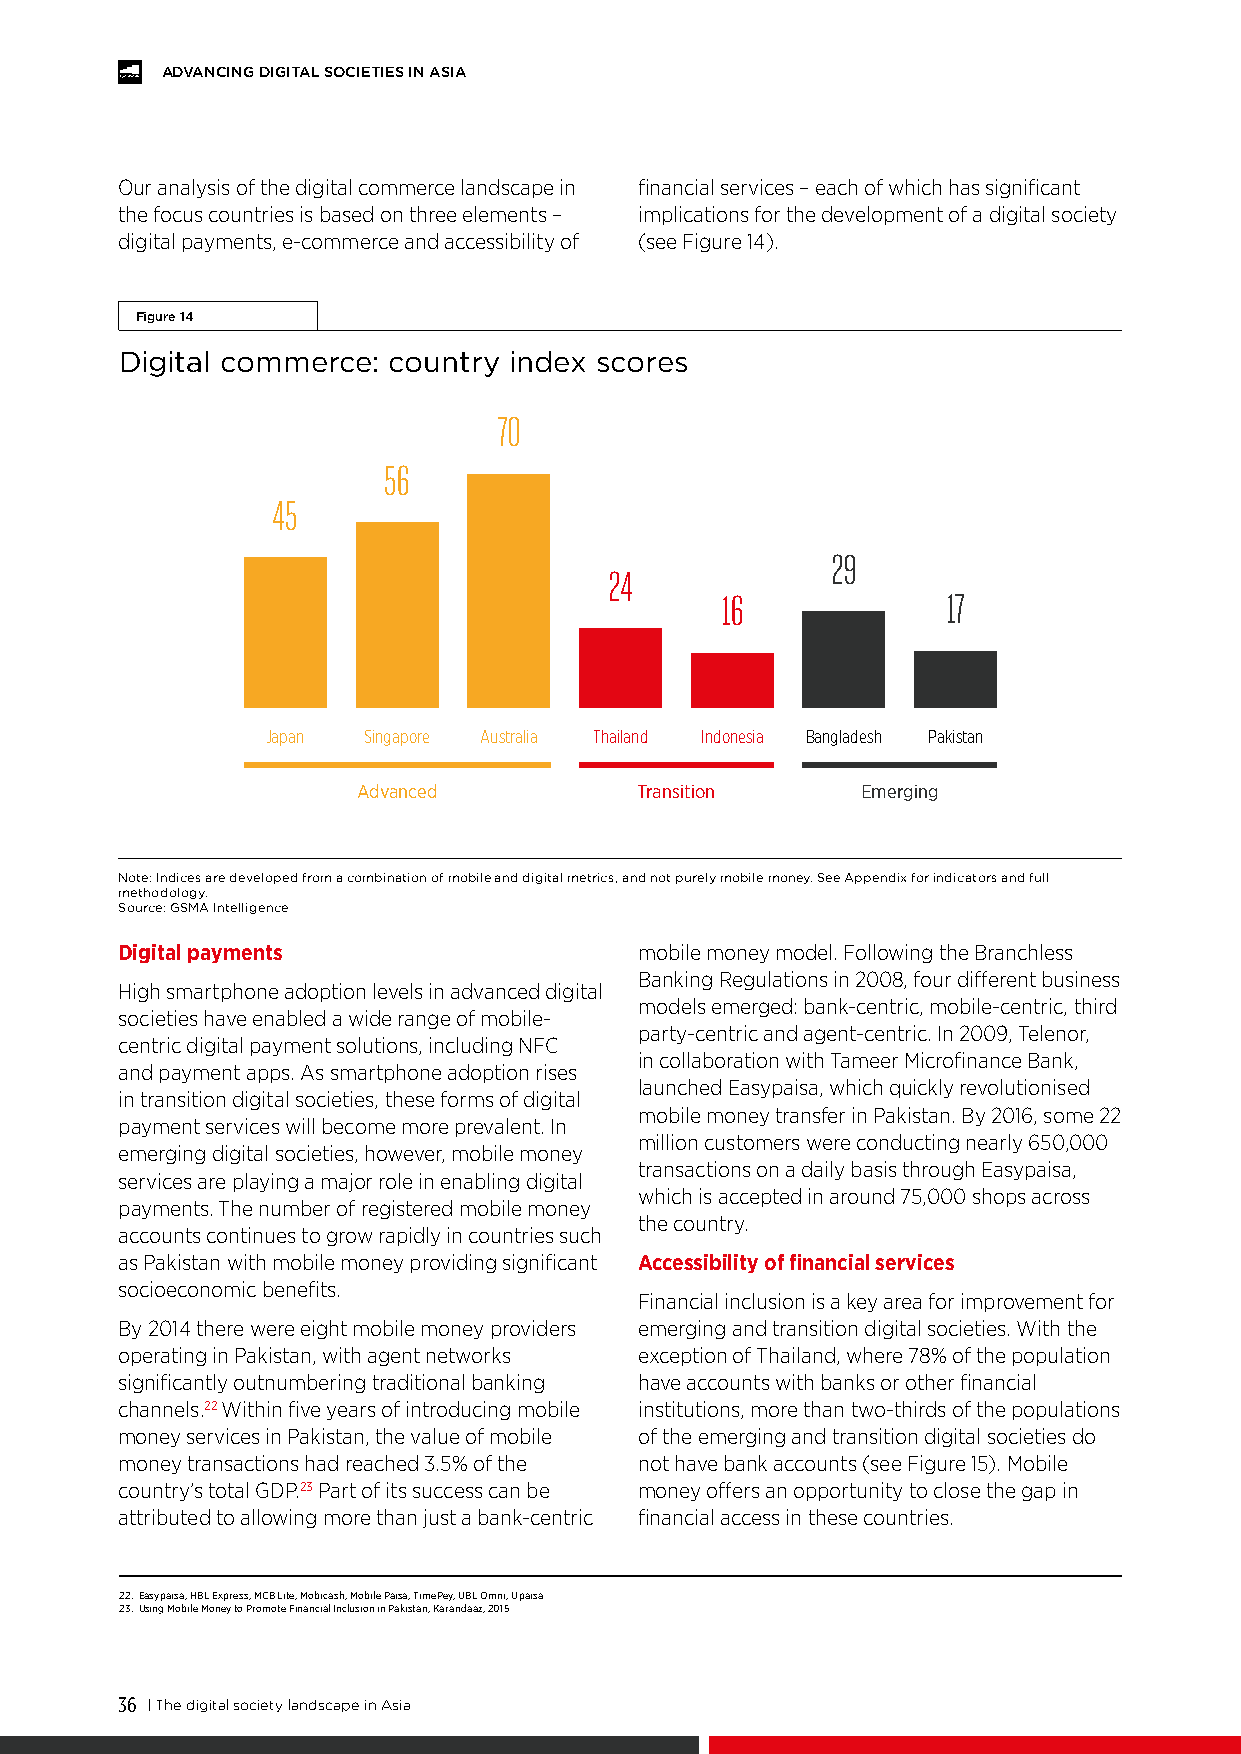
ADVANCING DIGITAL SOCIETIES IN ASIA
 Our analysis of the digital commerce landscape in financial services – each of which has significant
 the focus countries is based on three elements – implications for the development of a digital society
 digital payments, e-commerce and accessibility of (see Figure 14).
 Figure 14
 Digital commerce: country index scores
 70
 56
 45
 29
 24
 16             17
 Japan Singapore Australia Thailand Indonesia Bangladesh Pakistan
 Advanced          Transition     Emerging
 Note: Indices are developed from a combination of mobile and digital metrics, and not purely mobile money. See Appendix for indicators and full
 methodology.
 Source: GSMA Intelligence
 Digital payments                  mobile money model. Following the Branchless
 Banking Regulations in 2008, four different business
 High smartphone adoption levels in advanced digital
 models emerged: bank-centric, mobile-centric, third
 societies have enabled a wide range of mobile-
 party-centric and agent-centric. In 2009, Telenor,
 centric digital payment solutions, including NFC
 in collaboration with Tameer Microfinance Bank,
 and payment apps. As smartphone adoption rises
 launched Easypaisa, which quickly revolutionised
 in transition digital societies, these forms of digital
 mobile money transfer in Pakistan. By 2016, some 22
 payment services will become more prevalent. In
 million customers were conducting nearly 650,000
 emerging digital societies, however, mobile money
 transactions on a daily basis through Easypaisa,
 services are playing a major role in enabling digital
 which is accepted in around 75,000 shops across
 payments. The number of registered mobile money
 the country.
 accounts continues to grow rapidly in countries such
 as Pakistan with mobile money providing significant Accessibility of financial services
 socioeconomic benefits.
 Financial inclusion is a key area for improvement for
 By 2014 there were eight mobile money providers emerging and transition digital societies. With the
 operating in Pakistan, with agent networks exception of Thailand, where 78% of the population
 significantly outnumbering traditional banking have accounts with banks or other financial
 channels.22 Within five years of introducing mobile institutions, more than two-thirds of the populations
 money services in Pakistan, the value of mobile of the emerging and transition digital societies do
 money transactions had reached 3.5% of the not have bank accounts (see Figure 15). Mobile
 country’s total GDP.23 Part of its success can be money offers an opportunity to close the gap in
 attributed to allowing more than just a bank-centric financial access in these countries.
 22. Easypaisa, HBL Express, MCB Lite, Mobicash, Mobile Paisa, TimePey, UBL Omni, Upaisa
 23. Using Mobile Money to Promote Financial Inclusion in Pakistan, Karandaaz, 2015
 36 | The digital society landscape in Asia